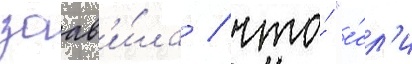
заав'и́ла / что́ "е́сл'и